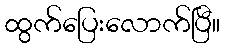
ထွက်ပြေးလောက်ပြီ။